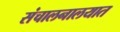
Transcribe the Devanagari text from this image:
संचालनालयात